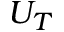
U _ { T }